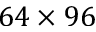
6 4 \times 9 6